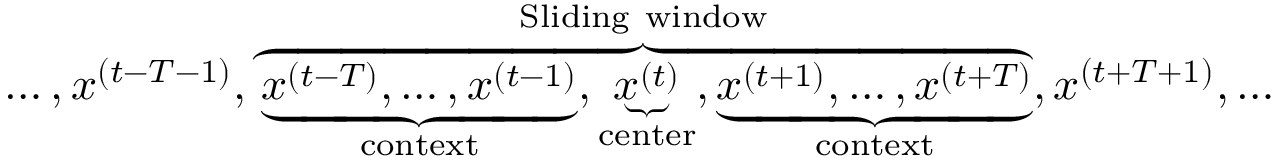
\begin{array} { r } { \ldots , x ^ { ( t - T - 1 ) } , \overbrace { \underbrace { x ^ { ( t - T ) } , \ldots , x ^ { ( t - 1 ) } } _ { \mathrm { c o n t e x t } } , \underbrace { x ^ { ( t ) } } _ { \mathrm { c e n t e r } } , \underbrace { x ^ { ( t + 1 ) } , \ldots , x ^ { ( t + T ) } } _ { \mathrm { c o n t e x t } } } ^ { \mathrm { S l i d i n g ~ w i n d o w } } , x ^ { ( t + T + 1 ) } , \ldots } \end{array}